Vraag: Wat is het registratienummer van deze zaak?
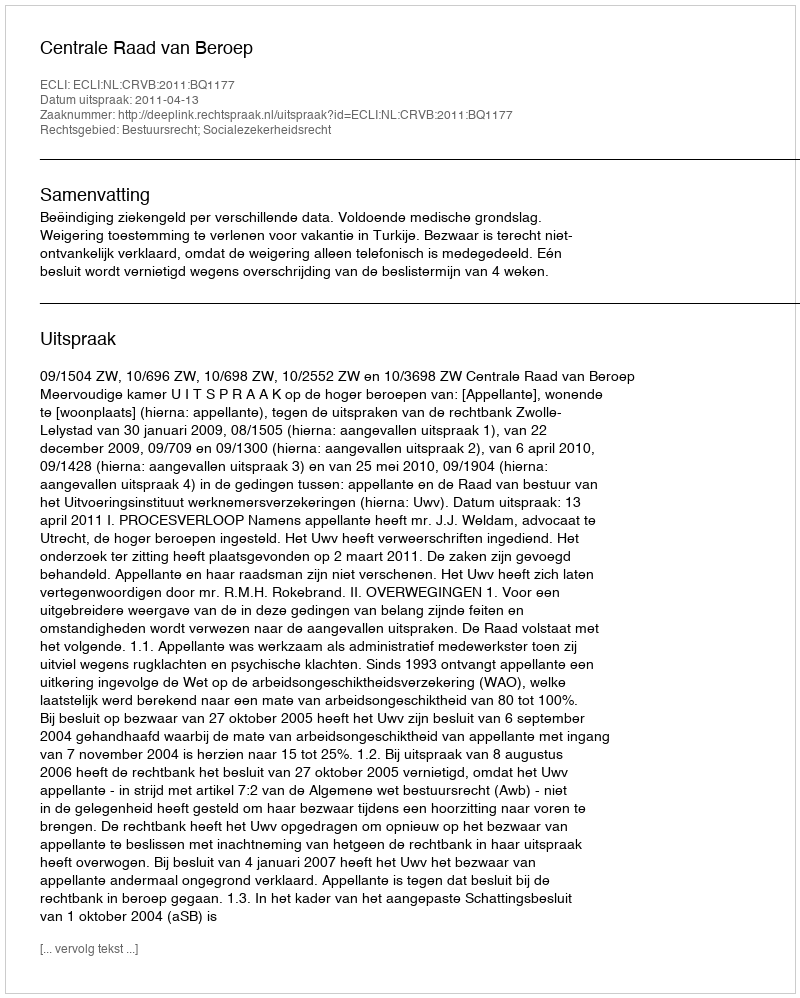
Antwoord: http://deeplink.rechtspraak.nl/uitspraak?id=ECLI:NL:CRVB:2011:BQ1177